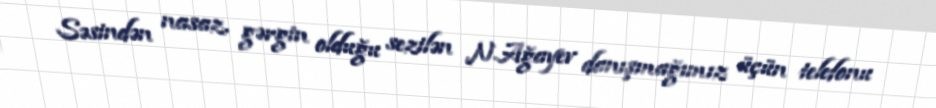
Səsindən nasaz, gərgin olduğu sezilən N.Ağayev danışmağımız üçün telefonu